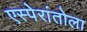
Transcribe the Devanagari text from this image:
एस्पेरांतोला